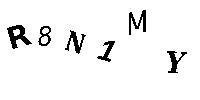
R8N1MY